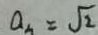
a _ { m } = \sqrt { 2 }